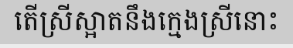
តើស្រីស្អាតនឹងក្មេងស្រីនោះ